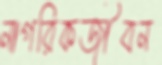
নাগরিকজীবন